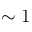
\sim 1